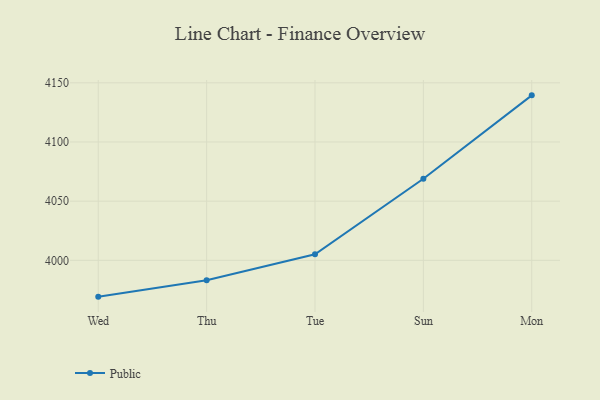
{"axis": {"x": "Day", "y": "Humidity (%)"}, "legend": ["Public"], "data": [{"x": "Wed", "y": 3969.3, "type": "Public"}, {"x": "Thu", "y": 3983.1, "type": "Public"}, {"x": "Tue", "y": 4005.1, "type": "Public"}, {"x": "Sun", "y": 4068.9, "type": "Public"}, {"x": "Mon", "y": 4139.4, "type": "Public"}]}